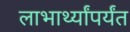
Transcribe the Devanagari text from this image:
लाभार्थ्यांपर्यंत